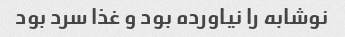
نوشابه را نیاورده بود و غذا سرد بود